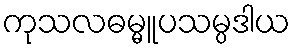
ကုသလဓမ္မူပသမ္ပဒါယ